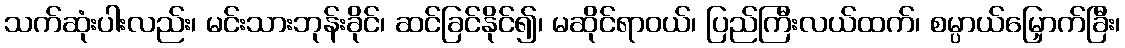
သက်ဆုံးပါးလည်း၊ မင်းသားဘုန်းခိုင်၊ ဆင်ခြင်နိုင်၍၊ မဆိုင်ရာဝယ်၊ ပြည်ကြီးလယ်ထက်၊ စမ္ပာယ်မြှောက်ခြီး၊